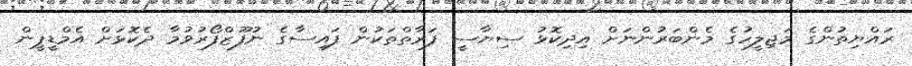
ރައްޔިތުންގެ މަޖިލީހުގެ މެންބަރުންނަށް އިދިކޮޅު ސިޔާސީ ފަރާތްތަކުން ފައިސާގެ ނުފޫޒްފޯރުވުމާ ދެކޮޅަށް އެމްޑީޕީން